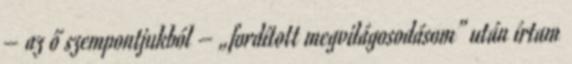
– az ő szempontjukból – „fordított megvilágosodásom” után írtam